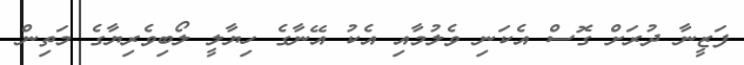
ފަޒީނާ ދުރަށް ގޮސް އެކަނި ވެލުމާއި އެކު އޭނާގެ ހިޔާލީ ލޯބިވެރިޔާގެ މަތިން